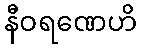
နီဝရဏေဟိ